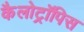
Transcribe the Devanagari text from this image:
कैलोट्रॉपिस